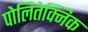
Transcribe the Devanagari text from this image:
पोलितेक्निक